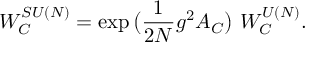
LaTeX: { \cal W } _ { { \cal C } } ^ { S U ( N ) } = \exp \big ( \frac { 1 } { 2 N } g ^ { 2 } { \cal A } _ { { \cal C } } \big ) ~ { \cal W } _ { { \cal C } } ^ { U ( N ) } .